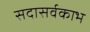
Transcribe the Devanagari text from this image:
सदासर्वकाभ